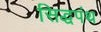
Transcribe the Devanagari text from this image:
सिद्धपंथ